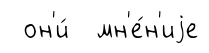
он'и́ мн'е́н'иjе